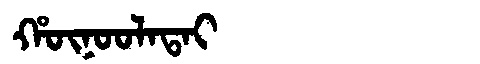
Manchu: ᡥᡡᠨᠣᠣᠯᠠᡨᠠᡳ
Romanization: HŪNOOLATAI